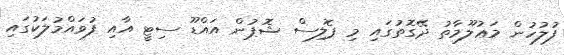
ފުލުހުން މަޢުލޫމާތު ދޭގޮތުގައި މި ޕޮލިސް ޝޮޕުން އައްޑޫ ސިޓީ އާއި ފުވައްމުލަކުގައި